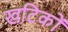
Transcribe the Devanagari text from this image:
खटिकों